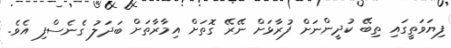
ފިޔަވަތީގައި ތިބޭ ކުދީންނަށް ފުރާޅަށް ނޭރޭ ގޮތަށް އިމާރާތަށް ބަދަލު ގެނެސްފި އެވެ.